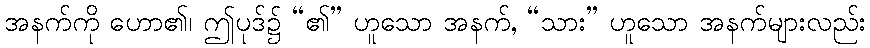
အနက်ကို ဟော၏၊ ဤပုဒ်၌ “၏” ဟူသော အနက်, “သား” ဟူသော အနက်များလည်း